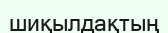
шиқылдақтың